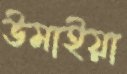
উমাইয়া